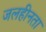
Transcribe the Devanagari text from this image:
जलहीनता